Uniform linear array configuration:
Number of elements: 48
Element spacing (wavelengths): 0.75
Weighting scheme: hamming
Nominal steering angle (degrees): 0
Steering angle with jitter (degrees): -1.916
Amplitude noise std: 0.05
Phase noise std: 0.05

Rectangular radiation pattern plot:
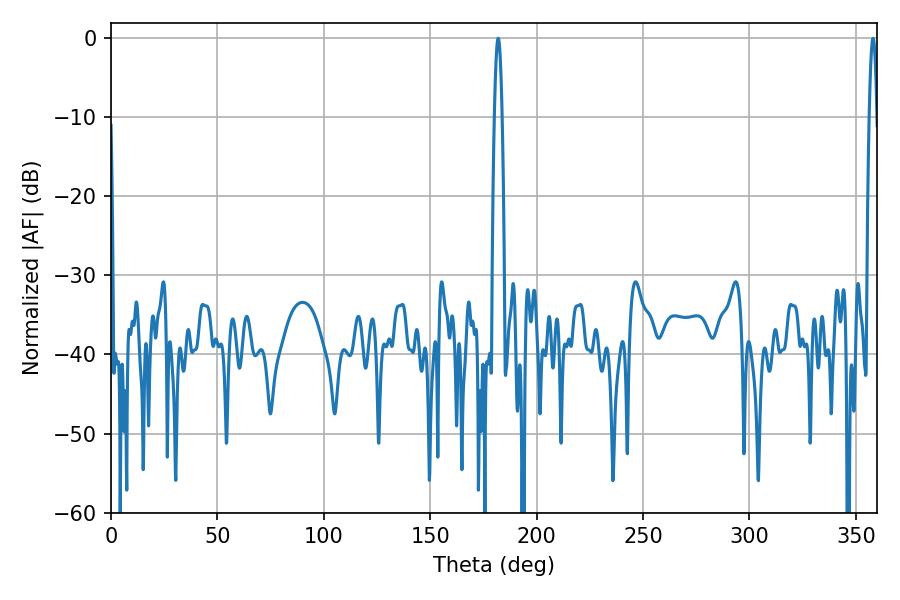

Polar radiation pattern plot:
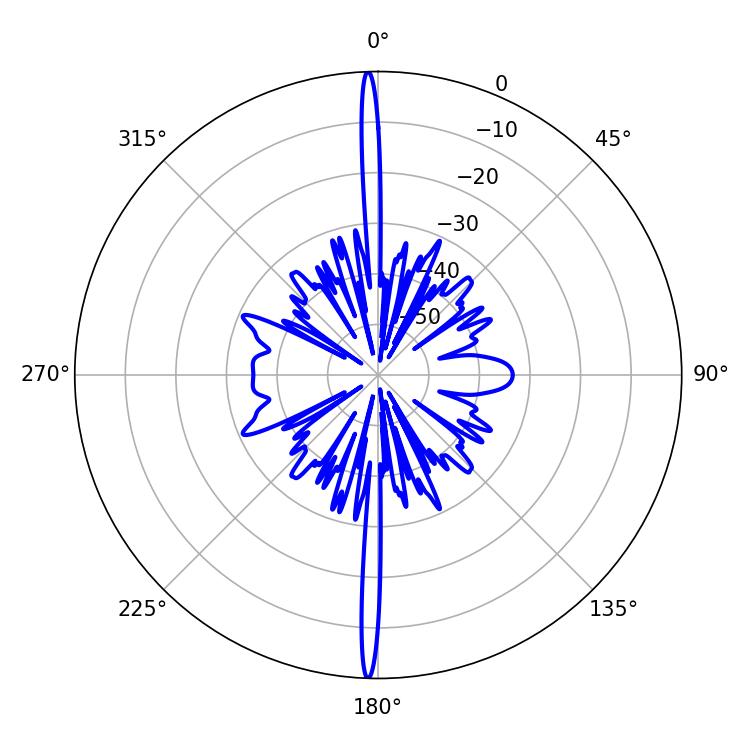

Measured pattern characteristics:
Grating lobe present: TRUE
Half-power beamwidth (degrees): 1.98
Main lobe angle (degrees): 358.02